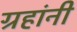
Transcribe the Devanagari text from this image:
ग्रहांनी